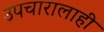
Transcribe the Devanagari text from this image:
उपचारालाही